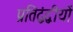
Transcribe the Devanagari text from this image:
प्रतिद्वंद्वीयों